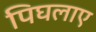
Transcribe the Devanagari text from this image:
पिघलाए